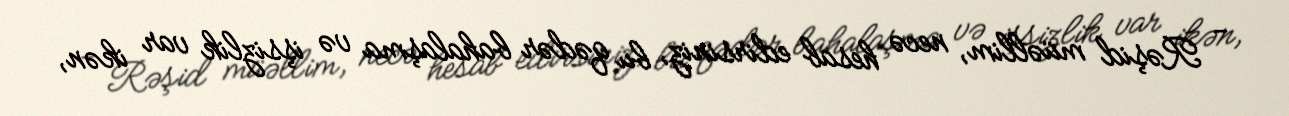
- Rəşid müəllim, necə hesab edirsiniz, bu qədər bahalaşma və işsizlik var ikən,